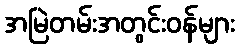
အမြဲတမ်းအတွင်းဝန်များ